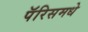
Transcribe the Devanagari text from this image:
पॅरिसमधे